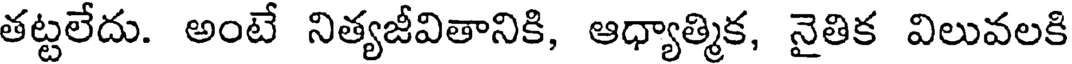
తట్టలేదు. అంటే నిత్యజీవితానికి, ఆధ్యాత్మిక, నైతిక విలువలకి